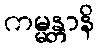
ကမ္မန္တာနိ